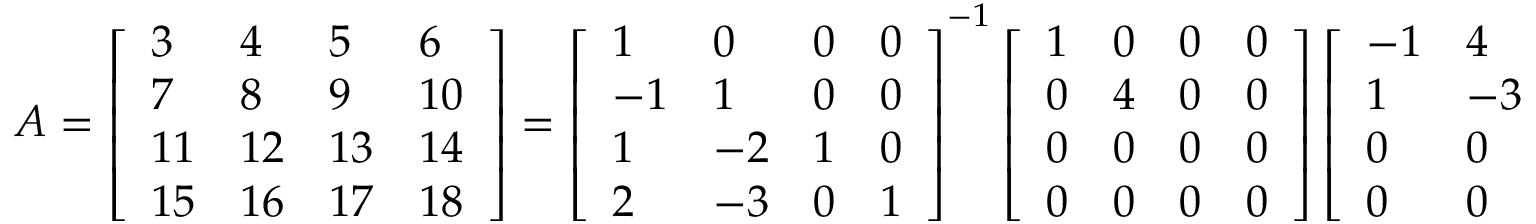
\begin{array} { r } { A = \left[ \begin{array} { l l l l } { 3 } & { 4 } & { 5 } & { 6 } \\ { 7 } & { 8 } & { 9 } & { 1 0 } \\ { 1 1 } & { 1 2 } & { 1 3 } & { 1 4 } \\ { 1 5 } & { 1 6 } & { 1 7 } & { 1 8 } \end{array} \right] = \left[ \begin{array} { l l l l } { 1 } & { 0 } & { 0 } & { 0 } \\ { - 1 } & { 1 } & { 0 } & { 0 } \\ { 1 } & { - 2 } & { 1 } & { 0 } \\ { 2 } & { - 3 } & { 0 } & { 1 } \end{array} \right] ^ { - 1 } \left[ \begin{array} { l l l l } { 1 } & { 0 } & { 0 } & { 0 } \\ { 0 } & { 4 } & { 0 } & { 0 } \\ { 0 } & { 0 } & { 0 } & { 0 } \\ { 0 } & { 0 } & { 0 } & { 0 } \end{array} \right] \left[ \begin{array} { l l l l } { - 1 } & { 4 } & { 1 } & { 2 } \\ { 1 } & { - 3 } & { - 2 } & { - 3 } \\ { 0 } & { 0 } & { 1 } & { 0 } \\ { 0 } & { 0 } & { 0 } & { 1 } \end{array} \right] ^ { - 1 } = U ^ { - 1 } D V ^ { - 1 } . } \end{array}